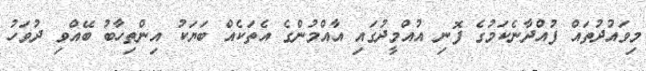
މިވައުދުތައް ފުއްދާނެކަމުގެ ފޮނި އުއްމީދުގައި އާއްމުންގެ އެތަކެއް ބަޔަކު އިންތިހާބު ބޭއްވި ދުވަހު